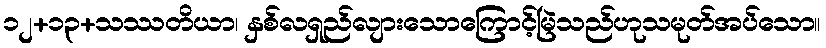
၁၂+၁၃+သဿတိယာ၊ နှစ်လရှည်လျားသောကြောင့်မြဲသည်ဟုသမုတ်အပ်သော။